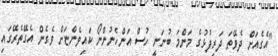
"އެގެއަށް ދެވޭތަ ދަރިފުޅުގެ މަންމަ ބުނަނީ ހުސް އަންހެނުންނޯ ކައިވެންޏަށް ވެގެން އެގޭތެރޭގައި